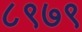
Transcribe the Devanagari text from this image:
८९७९